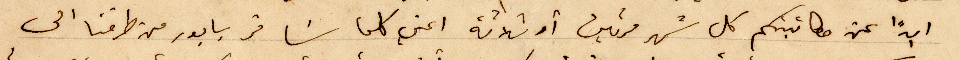
ابدًا عن مكاتبتكم كل شهر مرتين أو ثلاثة اعني كلما سَافر بابور من طرفنا الى